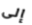
إلى